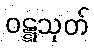
ဝဋ္ဋသုတ်